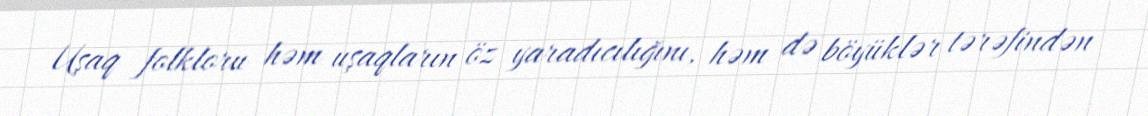
Uşaq folkloru həm uşaqların öz yaradıcılığını, həm də böyüklər tərəfindən